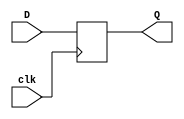
module sm_ff(
input clk,
input D,
output reg Q);

always @(posedge clk)
begin
Q <=D;
end

endmodule